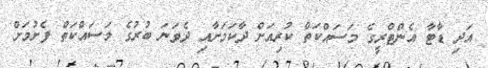
އަދި ޑާޓާ އެންޓްރީގެ މަސައްކަތް ކުރިއަށް ދާކަމަށާއި ދެވަނަ ބުރުގެ މަސައްކަތް ފެށުމަށް